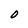
Character: o